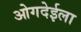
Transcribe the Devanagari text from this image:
ओगदेईला